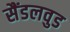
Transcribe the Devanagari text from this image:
सैंडलवुड